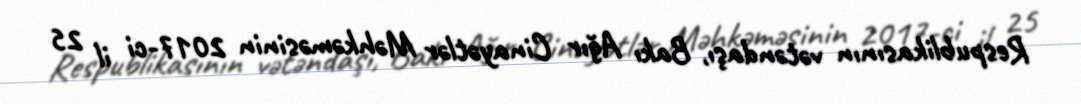
Respublikasının vətəndaşı, Bakı Ağır Cinayətlər Məhkəməsinin 2017-ci il 25